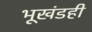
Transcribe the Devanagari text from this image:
भूखंडही